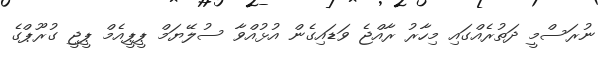
ނުރަސްމީ ދަތުރެއްގައި މިހާރު ރާއްޖެ ވަަޑައިގެން އުޅުއްވާ ސުލޭޔަމް ޕީޕީއެމް ޕީޖީ ގުރޫޕްގެ